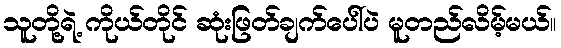
သူတို့ရဲ့ ကိုယ်တိုင် ဆုံးဖြတ်ချက်ပေါ်ပဲ မူတည်လိမ့်မယ်။